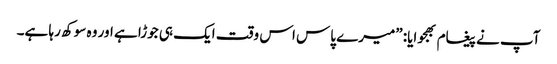
آپ نے پیغام بھجوایا: ”میرے پاس اس وقت ایک ہی جوڑا ہے اور وہ سوکھ رہا ہے۔